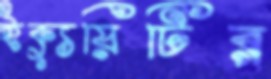
ইক্যুয়িটির